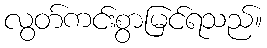
လွတ်ကင်းစွာမြင်ရသည်။